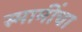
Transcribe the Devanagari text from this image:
स्मामींचा